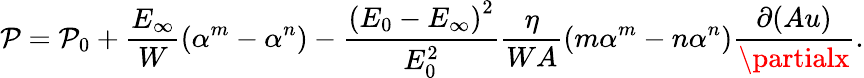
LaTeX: \mathcal{P}=\mathcal{P}_{0}+\frac{{E_{\infty}}}{{W}}\left(\alpha^{m}-\alpha^{n}\right)-\frac{{\left(E_{0}-E_{\infty}\right)^{2}}}{{E_{0}^{2}}}\frac{{\eta}}{{WA}}\left(m\alpha^{m}-n\alpha^{n}\right)\frac{{\partial(Au)}}{{\partialx}}.